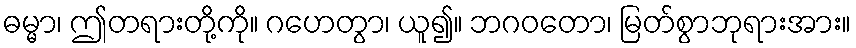
ဓမ္မာ၊ ဤတရားတို့ကို။ ဂဟေတွာ၊ ယူ၍။ ဘဂဝတော၊ မြတ်စွာဘုရားအား။